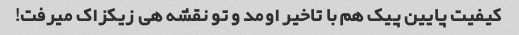
کیفیت پایین پیک هم با تاخیر اومد و تو نقشه هی زیکزاک میرفت!